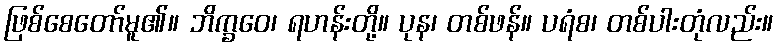
ဖြစ်စေတော်မူ၏။ ဘိက္ခဝေ၊ ရဟန်းတို့။ ပုန၊ တစ်ဖန်။ ပရံစ၊ တစ်ပါးတုံလည်း။